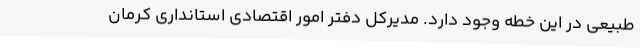
طبیعی در این خطه وجود دارد. مدیرکل دفتر امور اقتصادی استانداری کرمان